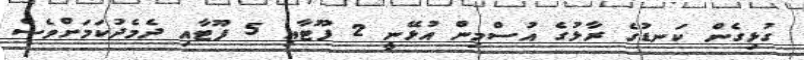
ގުޅިގެން ކަނޑުގެ ރާޅުގެ އުސްމިން އުޅޭނީ 2 ފޫޓާއި 5 ފޫޓާއި ދެމެދުކަމަށްވެސް